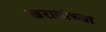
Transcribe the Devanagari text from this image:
खरातांच्या